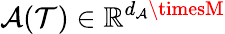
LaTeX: \mathcal{A}(\mathcal{{T}})\in\mathbb{{R}}^{d_{\mathcal{A}}\timesM}